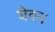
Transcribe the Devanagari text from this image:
घेवन